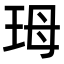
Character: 𭹃